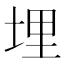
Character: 埋